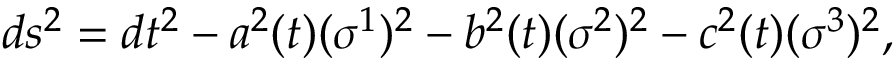
d s ^ { 2 } = d t ^ { 2 } - a ^ { 2 } ( t ) ( \sigma ^ { 1 } ) ^ { 2 } - b ^ { 2 } ( t ) ( \sigma ^ { 2 } ) ^ { 2 } - c ^ { 2 } ( t ) ( \sigma ^ { 3 } ) ^ { 2 } ,